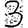
Digit: 3